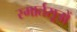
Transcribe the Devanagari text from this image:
स्मार्तसूत्रों